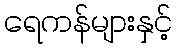
ရေကန်များနှင့်